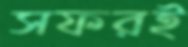
সফরই